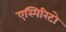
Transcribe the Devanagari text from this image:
एस्पिरिटो